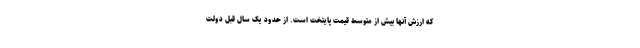
که ارزش آنها بیش از متوسط قیمت پایتخت است. از حدود یک سال قبل دولت